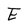
Character: E